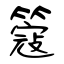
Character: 簆